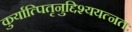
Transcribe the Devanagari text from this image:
कुर्यात्पितृनुद्दिश्ययत्नतः